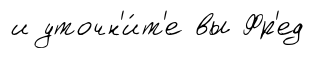
и уточн'и́т'е вы Фр'ед